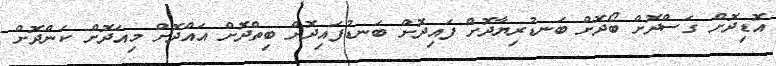
އޮޑިދޮށް ގަސްދޮށް ބޯދޮށް ބަނޑުރިޔާދޮށް ފައިދޮށް ބަނޑުފައިދޮށް ބިތްދޮށް އައްދޮށް މިއަދޮށް ކަންދޮށް